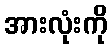
အားလုံးကို